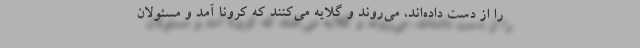
را از دست داده‌اند، می‌روند و گلایه می‌کنند که کرونا آمد و مسئولان